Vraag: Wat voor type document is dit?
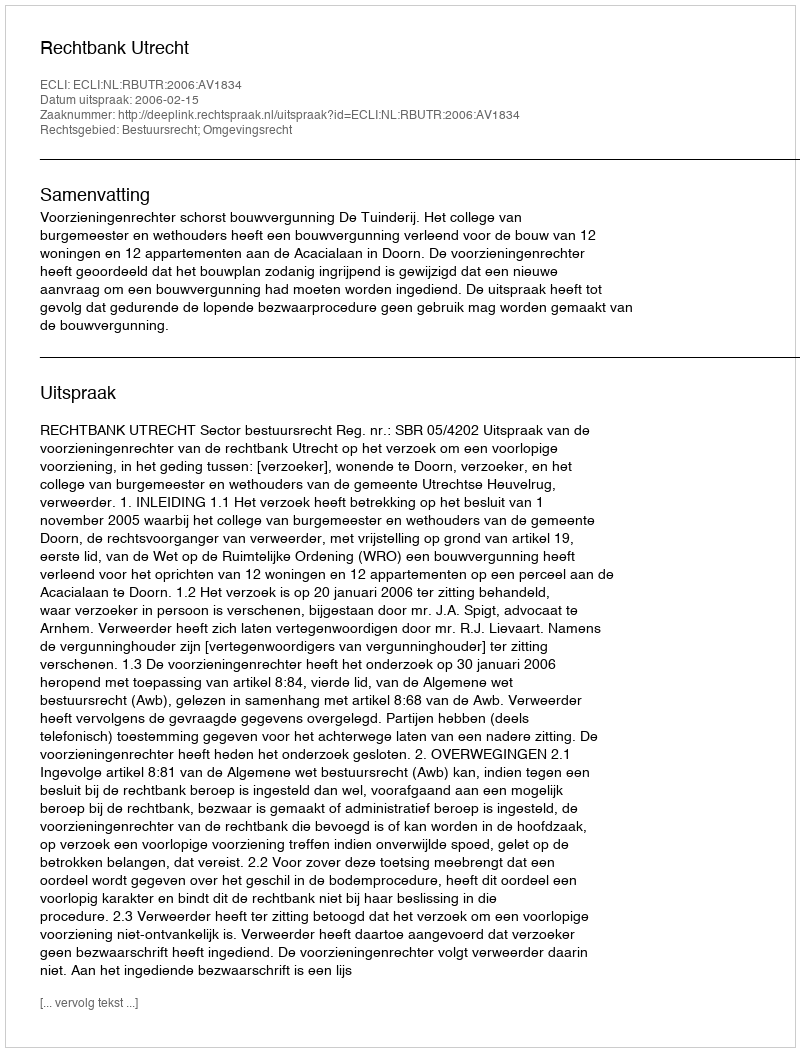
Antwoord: Uitspraak